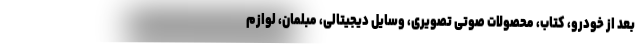
بعد از خودرو، کتاب، محصولات صوتی تصویری، وسایل دیجیتالی، مبلمان، لوازم